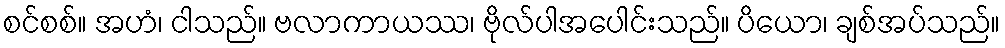
စင်စစ်။ အဟံ၊ ငါသည်။ ဗလာကာယဿ၊ ဗိုလ်ပါအပေါင်းသည်။ ပိယော၊ ချစ်အပ်သည်။